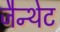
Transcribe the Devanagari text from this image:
जैन्थेट